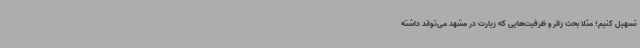
تسهیل کنیم؛ مثلا بحث زائر و ظرفیت‌هایی که زیارت در مشهد می‌تواند داشته